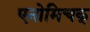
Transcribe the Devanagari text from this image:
एनोमिचक्